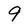
Character: 9